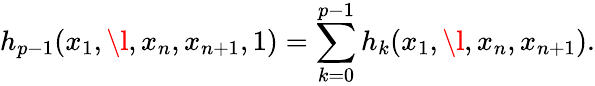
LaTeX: h_{p-1}(x_{1},\l,x_{n},x_{n+1},1)=\sum_{k=0}^{p-1}h_{k}(x_{1},\l,x_{n},x_{n+1}).